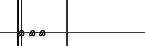
١٣٠